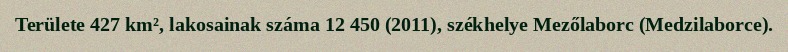
Területe 427 km², lakosainak száma 12 450 (2011), székhelye Mezőlaborc (Medzilaborce).